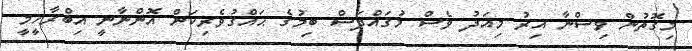
މިގޮތުން ވިސްނާ އިރު މިއަދު ވެސް މުޤައްދަސް ބިމުގެ ޙައްޤުވެރިކަން އޮންނާނީ އިބްރާހީމީ